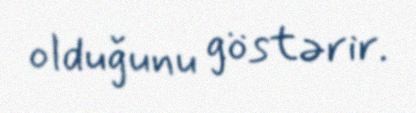
olduğunu göstərir.